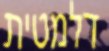
דלמטית